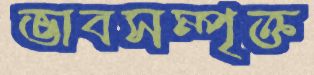
ভাবসম্পৃক্ত